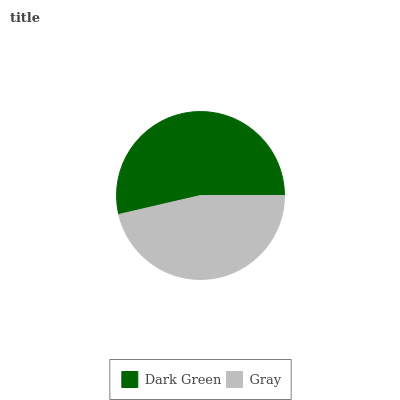
| Dark Green | Gray |
 | --- | --- |
 | 53.7% | 46.3% |